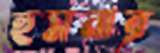
হুসনার